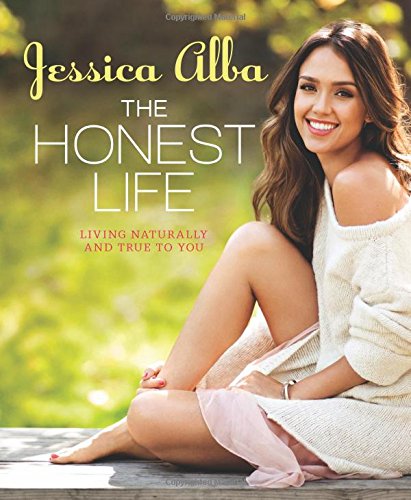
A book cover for The Honest Life: Living Naturally and True to You; Jessica Alba; Crafts, Hobbies & Home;